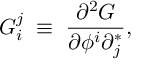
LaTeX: G _ { i } ^ { j } \; \equiv \; { \frac { \partial ^ { 2 } G } { \partial \phi ^ { i } \partial _ { j } ^ { * } } } ,